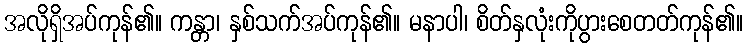
အလိုရှိအပ်ကုန်၏။ ကန္တာ၊ နှစ်သက်အပ်ကုန်၏။ မနာပါ၊ စိတ်နှလုံးကိုပွားစေတတ်ကုန်၏။